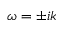
\omega = \pm i k